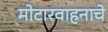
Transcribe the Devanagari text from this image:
मोटारवाहनाचे